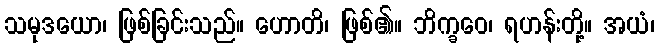
သမုဒယော၊ ဖြစ်ခြင်းသည်။ ဟောတိ၊ ဖြစ်၏။ ဘိက္ခဝေ၊ ရဟန်းတို့။ အယံ၊